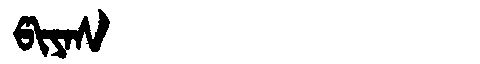
Manchu: ᡦᡳᠶᠠᠰ
Romanization: PIYAS